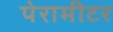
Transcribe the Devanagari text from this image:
पेरामीटर